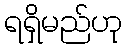
ရရှိမည်ဟု